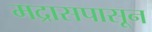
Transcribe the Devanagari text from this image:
मद्रासपासून